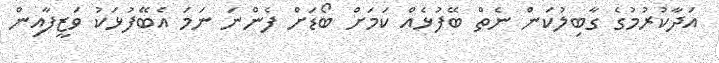
އަދާކުރުމުގެ ގާބިލުކަން ނެތް ބޭފުޅެއް ކަމަށް ބޯޑަށް ފެންނަ ނަމަ އެބޭފުޅަކު ވަޒީފާއިން